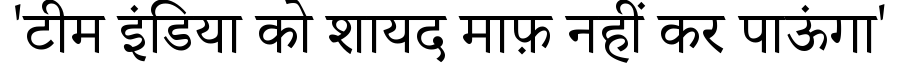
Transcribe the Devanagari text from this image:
'टीम इंडिया को शायद माफ़ नहीं कर पाऊंगा'